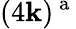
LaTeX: (4\mathbf{k})^{\mathrm{{~a~}}}